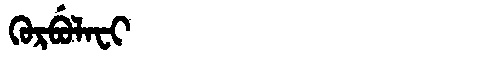
Manchu: ᡴᡠᡵᠪᡠᠯᠠᠸᡳ
Romanization: KURBULAFI